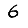
Digit: 6